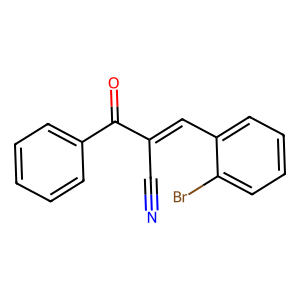
SMILES: N#CC(=Cc1ccccc1Br)C(=O)c1ccccc1
Inhibits HIV replication: No